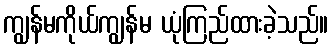
ကျွန်မကိုယ်ကျွန်မ ယုံကြည်ထားခဲ့သည်။